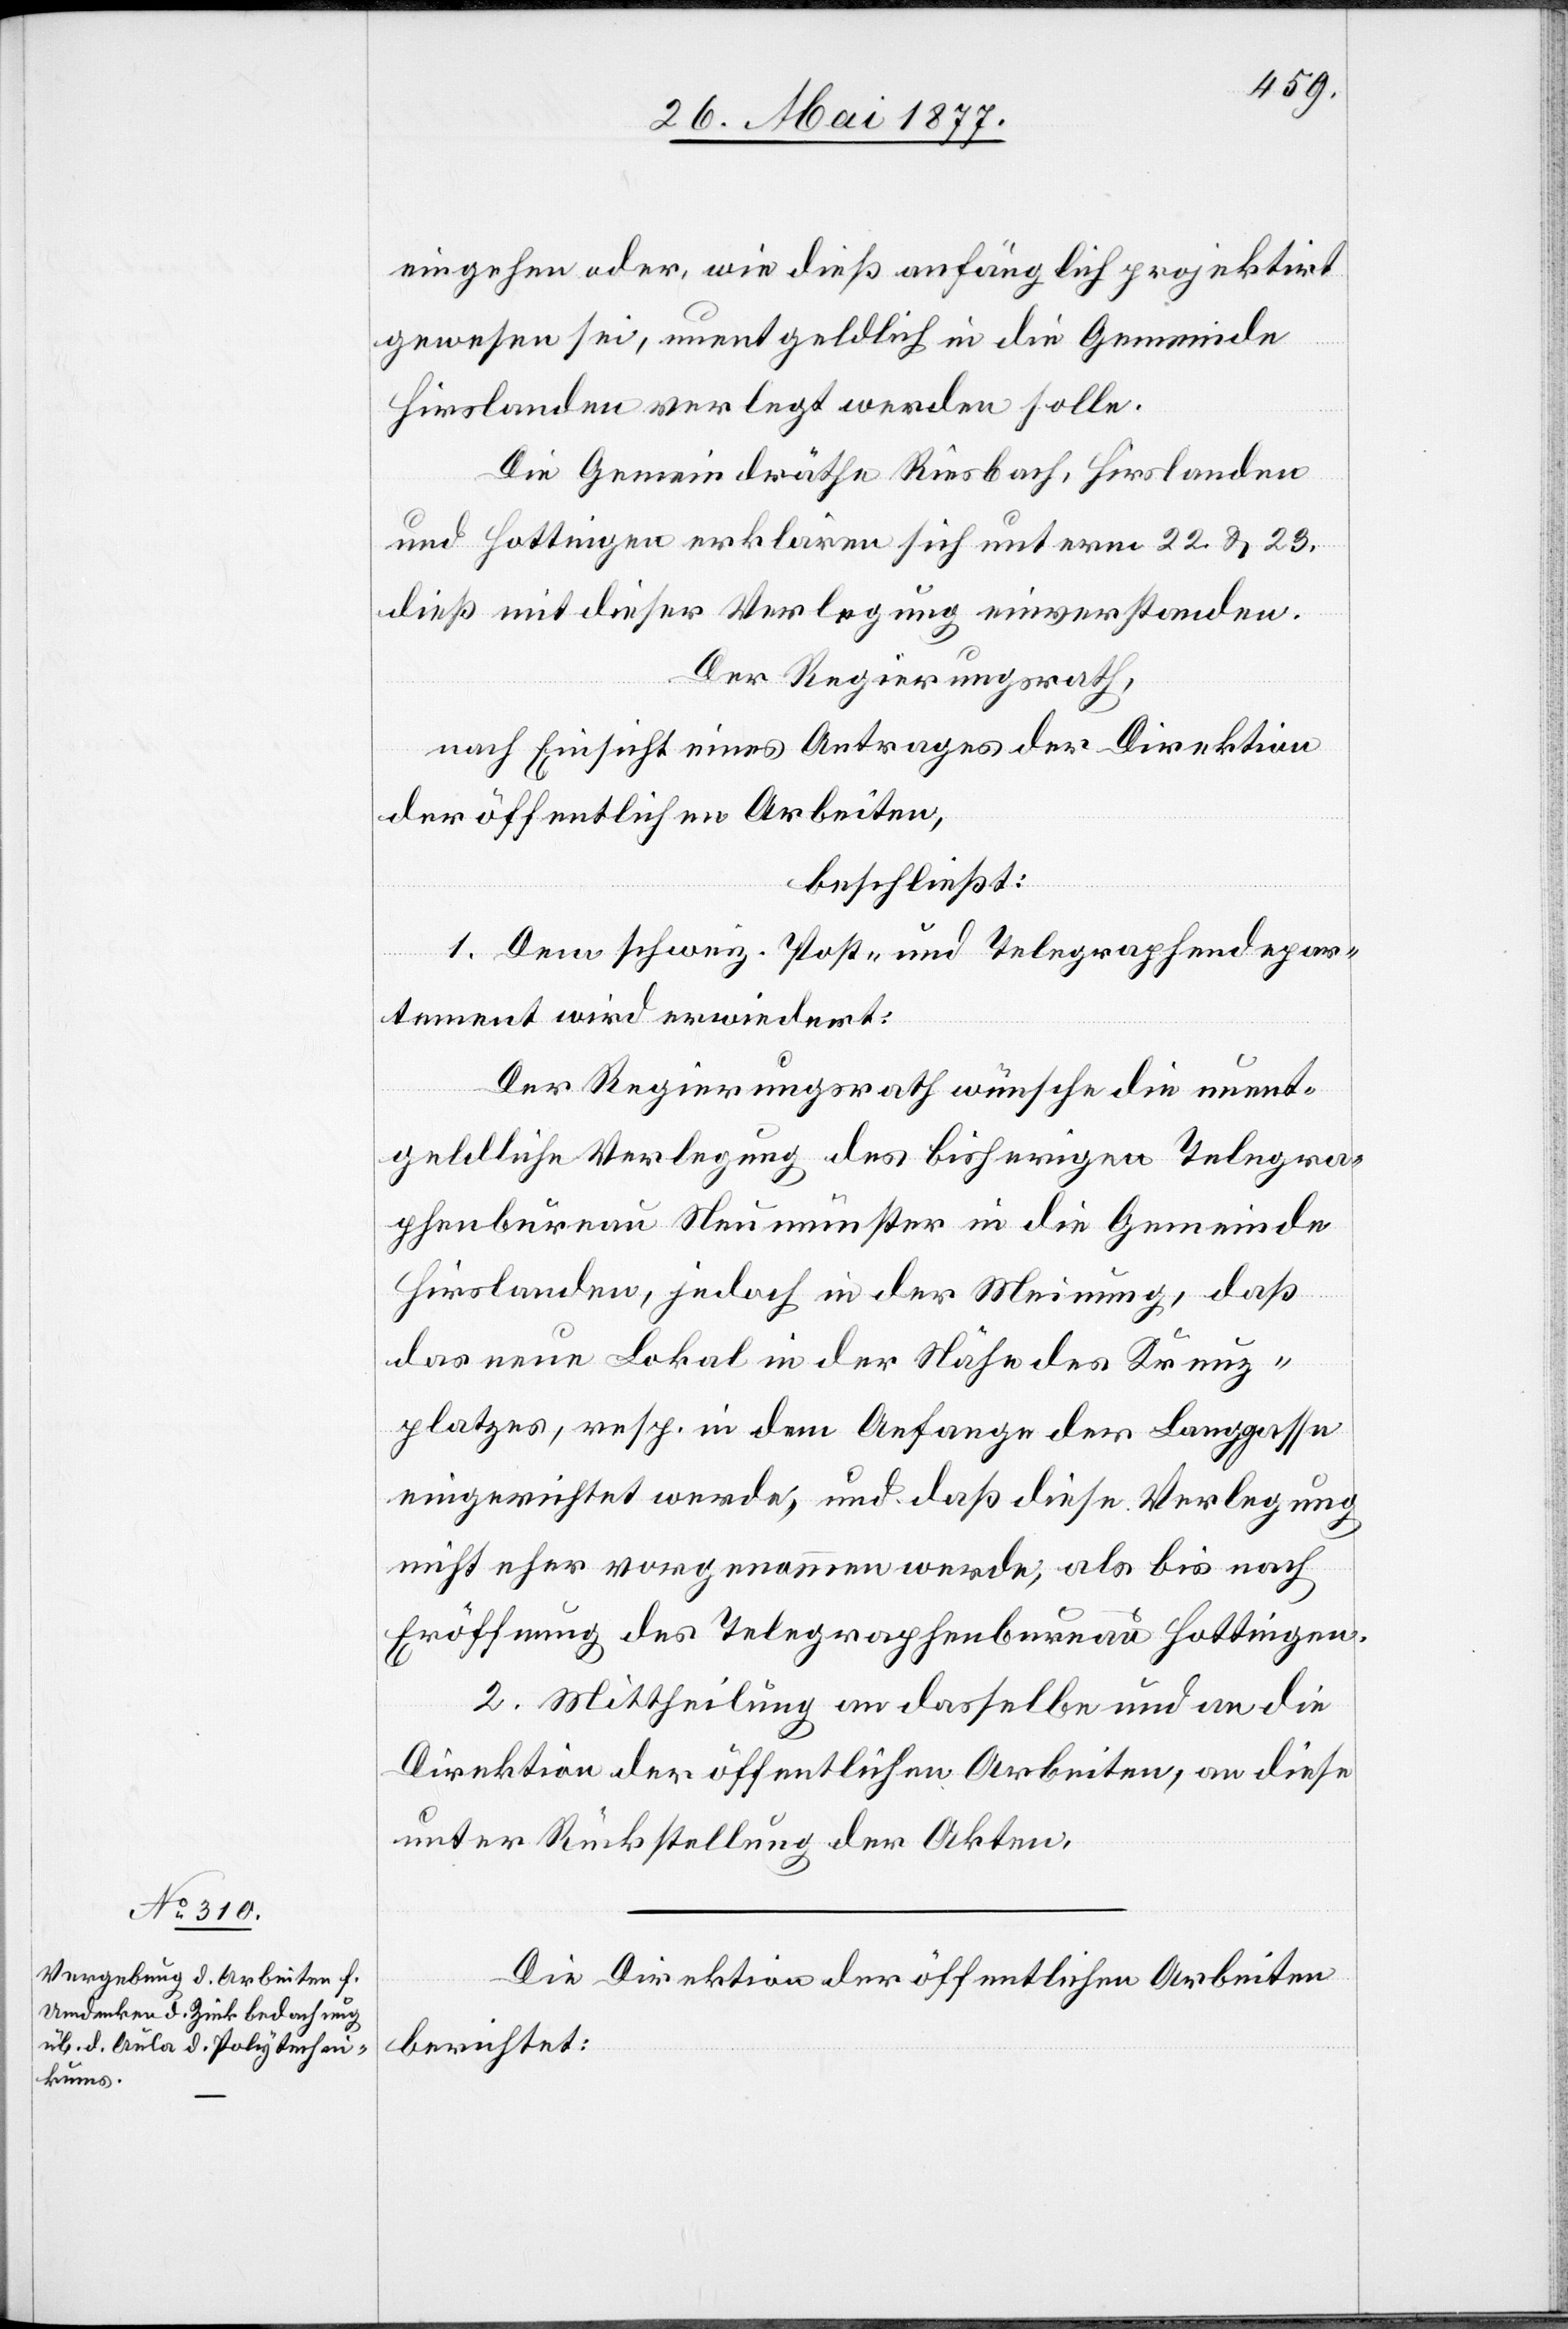
eingehen oder, wie dieß anfänglich projektirt
gewesen sei, unentgeldlich in die Gemeinde
Hirslanden verlegt werden solle.
Die Gemeinderäthe Riesbach, Hirslanden
und Hottingen erklären sich unterm 22. & 23.
dieß mit dieser Verlegung einverstanden.
Der Regierungsrath,
nach Einsicht eines Antrages der Direktion
der öffentlichen Arbeiten,
beschließt:
1. Dem schweiz. Post- und Telegraphendepar¬
tement wird erwiedert:
Der Regierungsrath wünsche die unent¬
geldliche Verlegung des bisherigen Telegra¬
phenbureau Neumünster in die Gemeinde
Hirslanden, jedoch in der Meinung, daß
das neue Lokal in der Nähe des Kreuz¬
platzes, resp. in dem Anfange der Langgasse
eingerichtet werde, und das diese Verlegung
nicht eher vorgenommen werde, als bis nach
Eröffnung des Telegraphenbureau Hottingen.
2. Mittheilung an dasselbe und an die
Direktion der öffentlichen Arbeiten, an diese
unter Rückstellung der Akten.
Die Direktion der öffentlichen Arbeiten
berichtet: